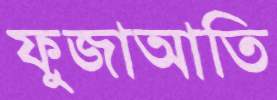
ফুজাআতি